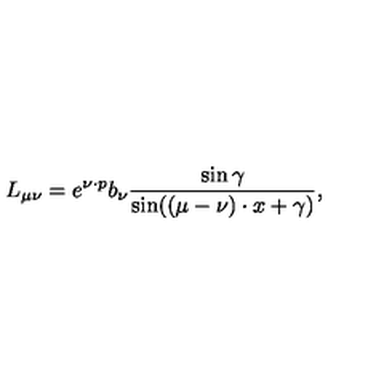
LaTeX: L _ { \mu \nu } = e ^ { \nu \cdot p } b _ { \nu } \frac { \sin \gamma } { \sin ( ( \mu - \nu ) \cdot x + \gamma ) } ,